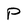
Character: P